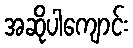
အဆိုပါကျောင်း